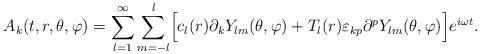
LaTeX: \begin{align*}A_{k}(t,r,\theta,\varphi)=\sum_{l=1}^{\infty}\sum_{m=-l}^{l}\Bigr[c_{l}(r)\partial_{k}Y_{lm}(\theta,\varphi)+T_{l}(r)\varepsilon_{kp}\partial^{p}Y_{lm}(\theta,\varphi)\Bigr]e^{i \omega t}.\end{align*}